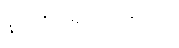
နာတာရှည်ရောဂါ